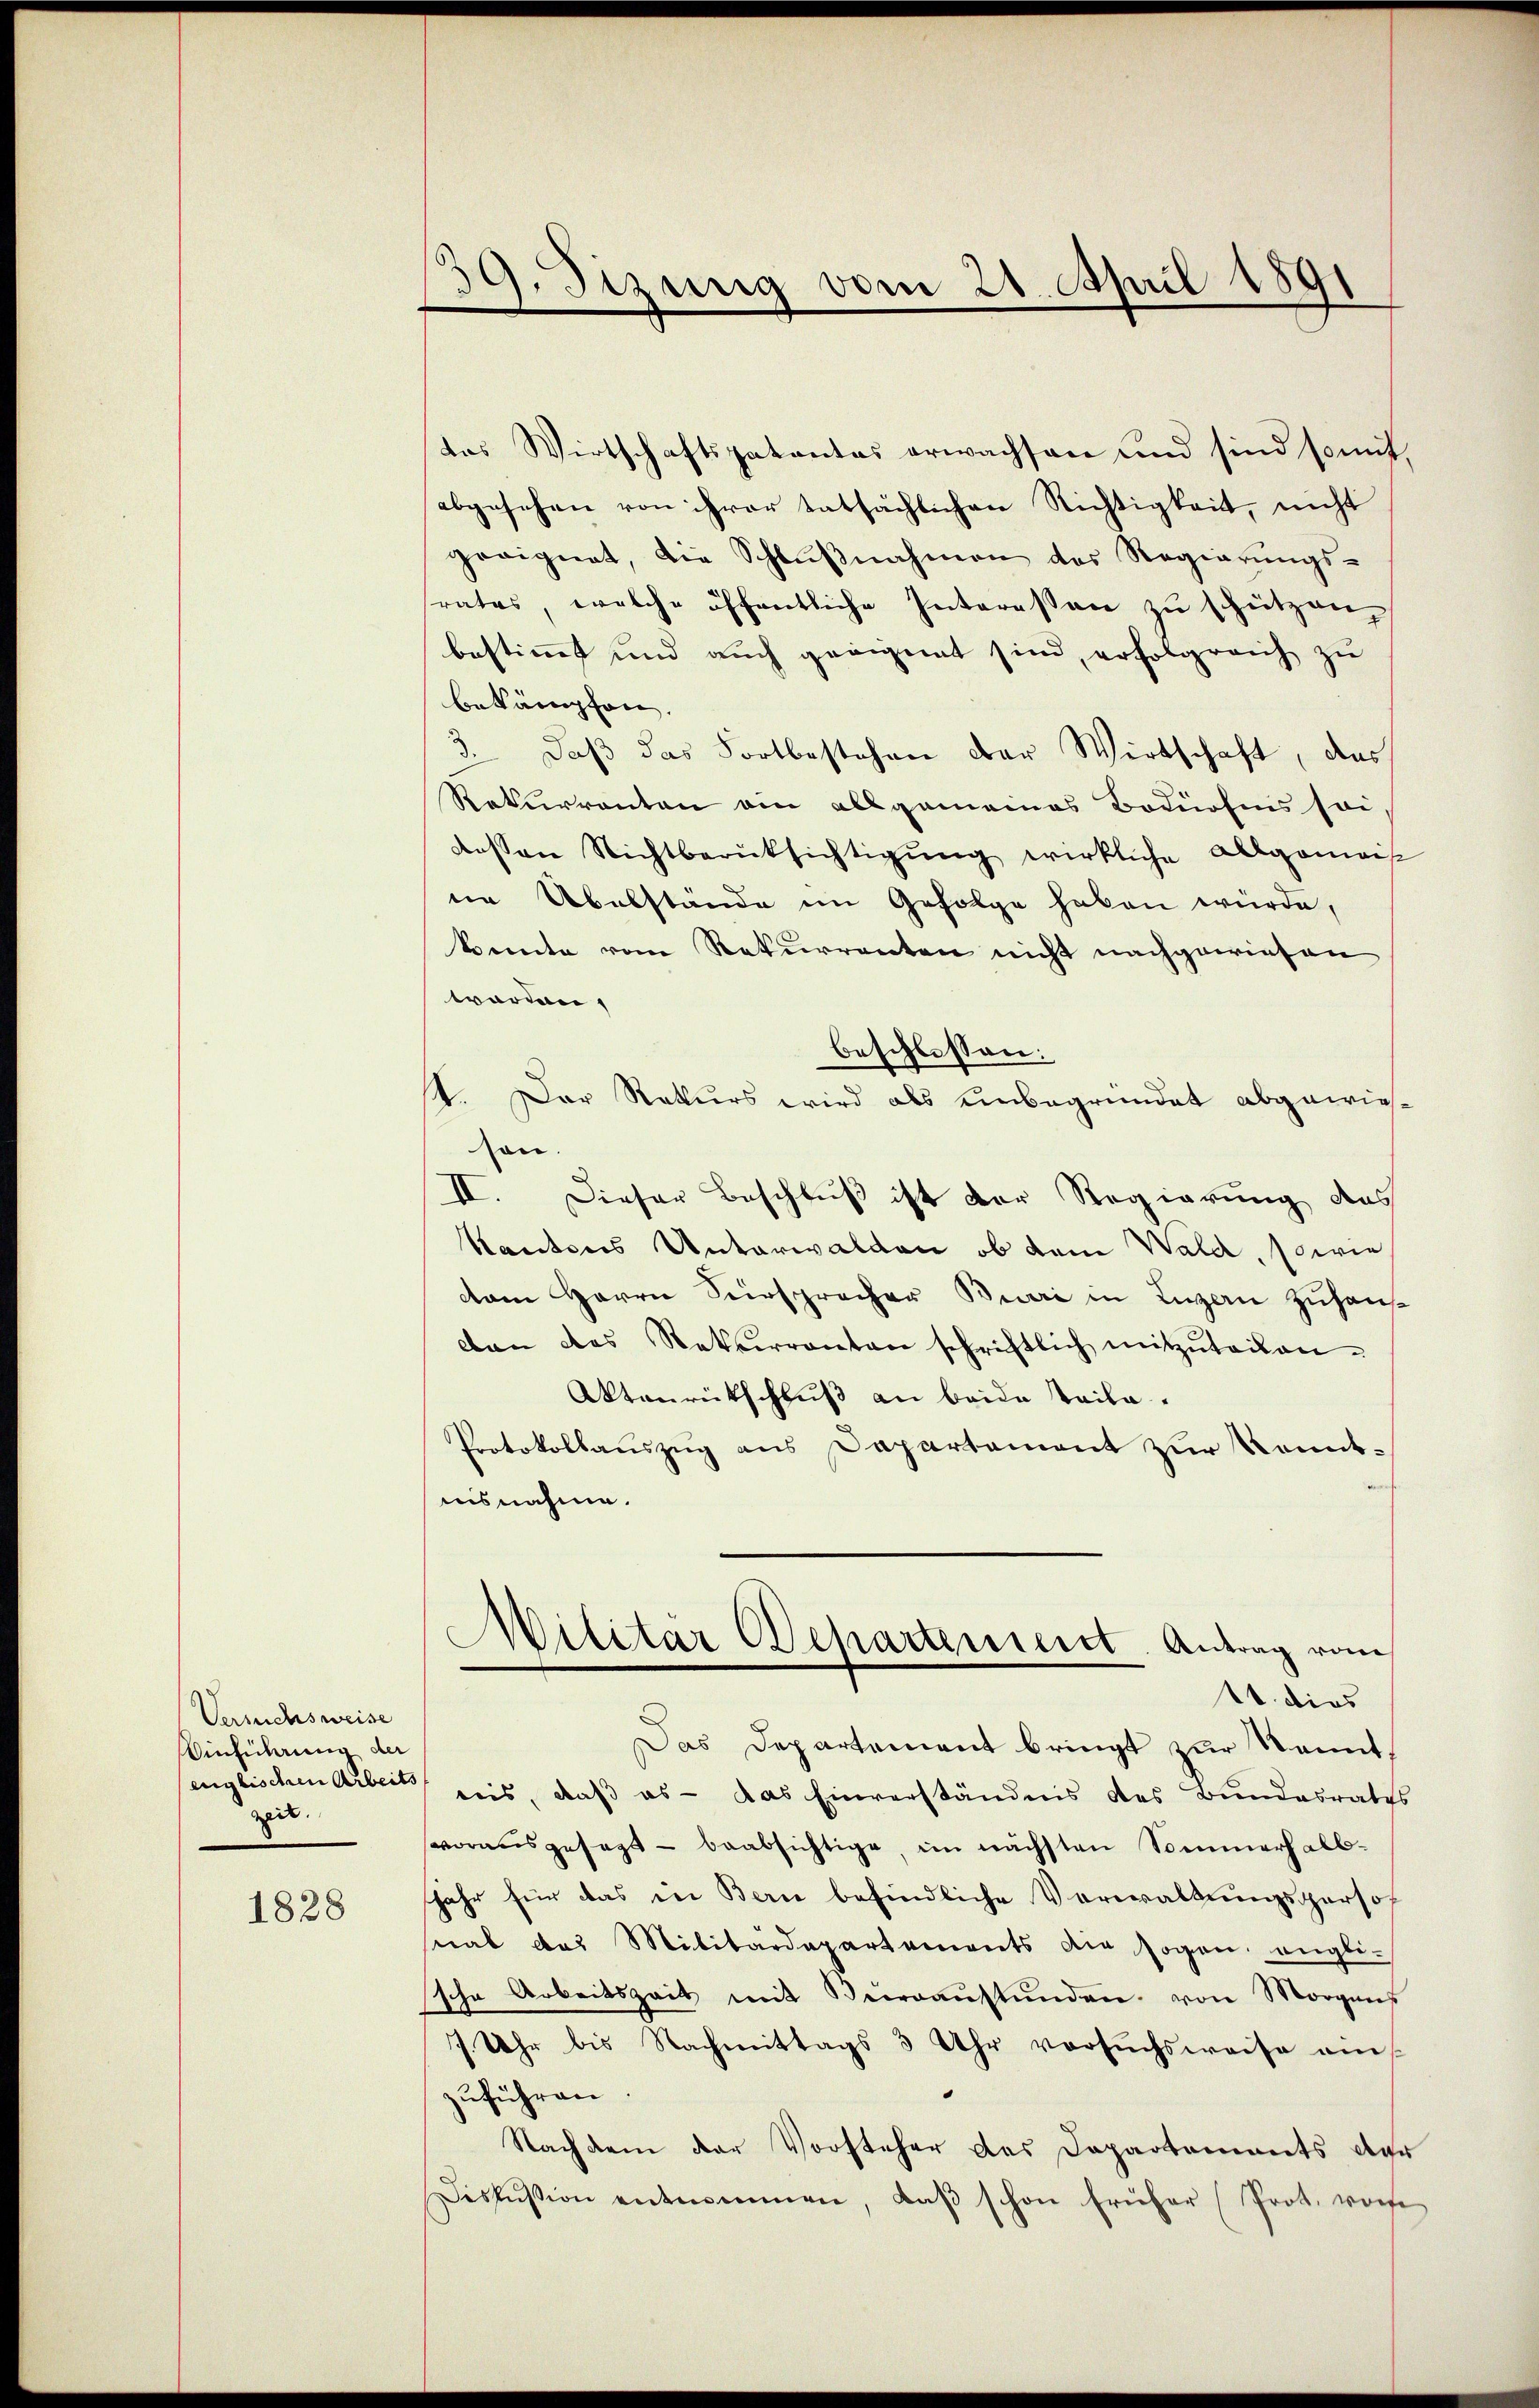
Versuchsweise
Einführung der
zer.

1828

19. Sizung vom 21. April 1891

das Wirtschaftspatentes erwachsen und sind somit,
abgesehen von ihrer tatsächlichen Richtigkeit, nicht
geeignet, die Schlŭβnahmen des Regierŭngs-
rates, welche öffentliche Interessen zu schützen,
bestimmt und auch geeignet sind, erfolgreich zu
bekämpfen.
3. Daß das Fortbestehen der Wirtschaft, das
Rekurrenten ain allgemeines Bodürfens sei,
dessen Nichtberücksichtigŭng wirkliche Allgemeis
ne Übelstände im Gefolge haben würde,
konnte vom Rekurrenten nicht nachgewiesen
worden,
beschlossen:
t. Der Rekurs wird als unbegründet abgewieshon.
II. Dieser Beschluß ist der Regierung des
Kantons Unterwalden, ob dem Wald, sowie
dam Herrn Fürspracher Buri in Luzern zuhauscan das Rekurrenten schriftlich mitzŭteilen.
Aktenrückschluß an beide Teile.
Protokollauszug aus Dapartement zur Kenntnisnahme.
Militär Departiniert. Antrag vom
11. dies
Das Departement bringt zur Kennt,
senglischen Arbeit reis, daß es - das Einverständnis des Bundesraths
vorausgesagt - beabsichtige, im nächsten Sommerhalbjahr für das in Bern befindliche Verwaltungspersosmal das Militärdepartements die sogen engli-
sche Arbeitszeit mit Büreaŭstŭnden von Morgens
7. Uhr bis Nachmittags 3 Uhr versuchsweise ein
zuführen
Nachdem der Vorsteher das Departements der
Fiskussion entnommen, daβ schon früher (Prot. von